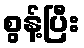
စွန့်ပြီး